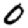
Digit: 0